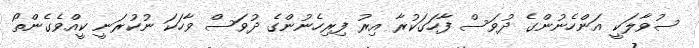
ސުވާލަކީ އަންހެނުންގެ ދުވަސް ފާހަގަކުރާ އިރު ފިރިހެނުންގެ ދުވަސް ވާހަކަ ނުކުރަނީ ކީއްވެގެންތޯ